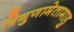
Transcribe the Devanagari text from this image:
त्रिगुणामेतामाहु